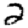
Digit: 2